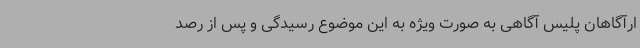
ارآگاهان پلیس آگاهی به صورت ویژه به این موضوع رسیدگی و پس از رصد